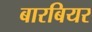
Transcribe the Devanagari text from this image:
बारबियर